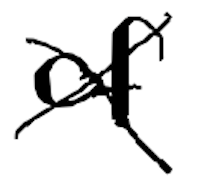
Text: of
Cross-out: cross
Writing tool: digital_black